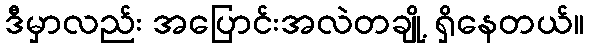
ဒီမှာလည်း အပြောင်းအလဲတချို့ ရှိနေတယ်။